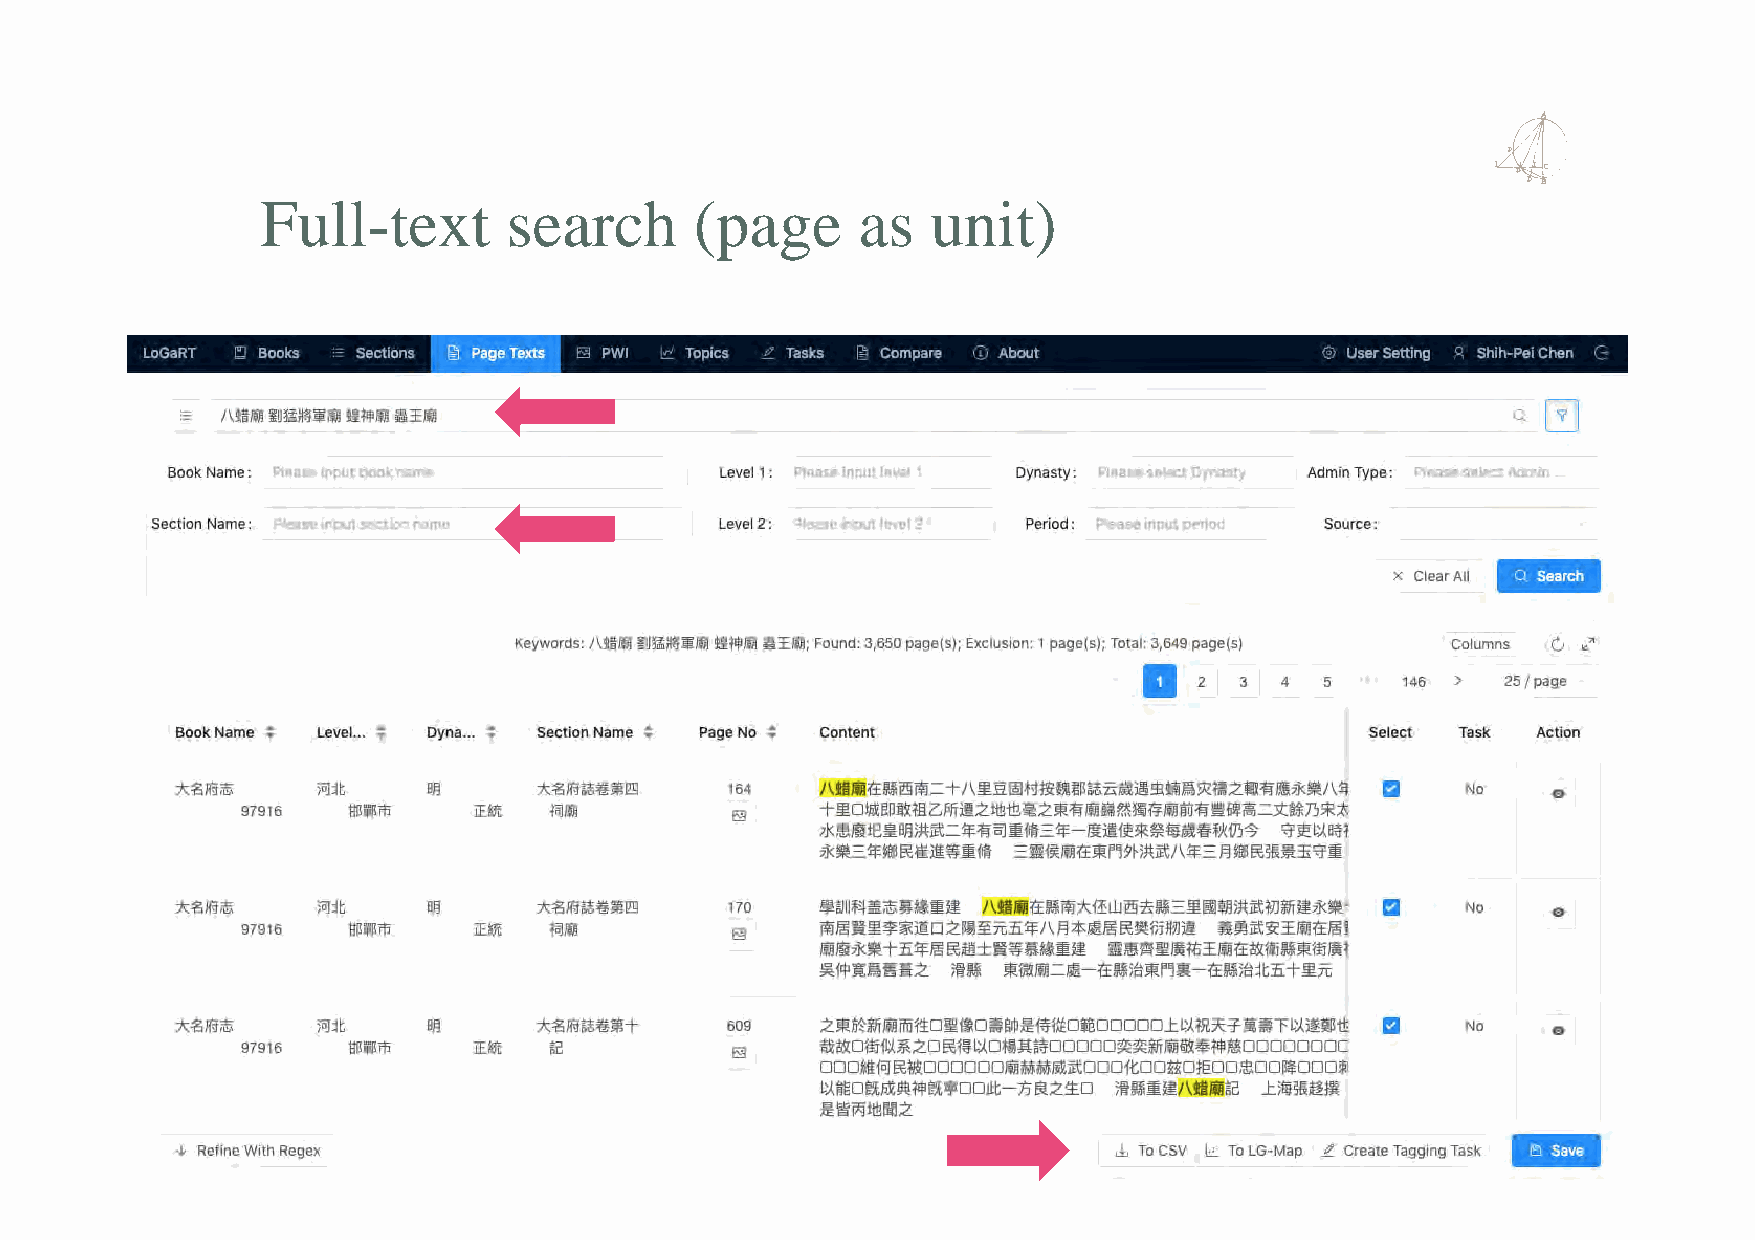
Full-text        search      (page      as   unit)
 22